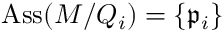
\operatorname { A s s } ( M / Q _ { i } ) = \{ { \mathfrak { p } } _ { i } \}